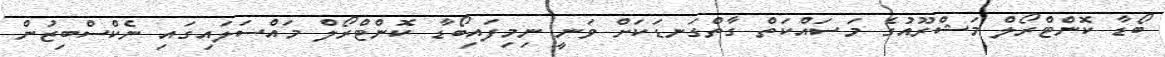
ބޯޑާ ކޮންޓްރޯލް މަޝްރޫއުގެ މަސައްކަތް ގާތްގަނޑަކަށް ވަނީ ނިމިފައިބޯޑާ ކޮންޓްރޯލް މައްސަލައިގައި ނެކްސްބިޒުން